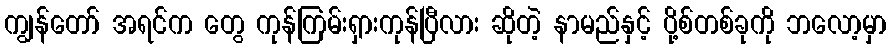
ကျွန်တော် အရင်က တွေ ကုန်ကြမ်းရှားကုန်ပြီလား ဆိုတဲ့ နာမည်နှင့် ပို့စ်တစ်ခုကို ဘလော့မှာ